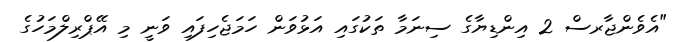
"އެވެންޖާރސް 2 އިންޑިޔާގެ ސިނަމާ ތަކުގައި އަޅުވަން ހަމަޖެހިފައި ވަނީ މި އޭޕްރިލްމަހުގެ